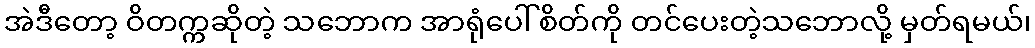
အဲဒီတော့ ဝိတက္ကဆိုတဲ့ သဘောက အာရုံပေါ် စိတ်ကို တင်ပေးတဲ့သဘောလို့ မှတ်ရမယ်၊